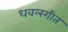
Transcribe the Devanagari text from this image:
धवलगीत